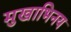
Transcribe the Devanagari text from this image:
मुखाभिनय